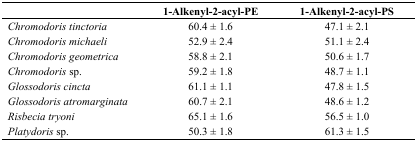
|  | 1-Alkenyl-2-acyl-PE | 1-Alkenyl-2-acyl-PS |
 | --- | --- | --- |
 | Chromodoris tinctoria | 60.4 ± 1.6 | 47.1 ± 2.1 |
 | Chromodoris michaeli | 52.9 ± 2.4 | 51.1 ± 2.4 |
 | Chromodoris geometrica | 58.8 ± 2.1 | 50.6 ± 1.7 |
 | Chromodoris sp. | 59.2 ± 1.8 | 48.7 ± 1.1 |
 | Glossodoris cincta | 61.1 ± 1.1 | 47.8 ± 1.5 |
 | Glossodoris atromarginata | 60.7 ± 2.1 | 48.6 ± 1.2 |
 | Risbecia tryoni | 65.1 ± 1.6 | 56.5 ± 1.0 |
 | Platydoris sp. | 50.3 ± 1.8 | 61.3 ± 1.5 |